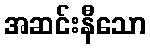
အဆင်းနီသော